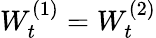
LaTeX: W_{t}^{(1)}=W_{t}^{(2)}